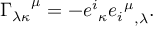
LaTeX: { \Gamma _ { \lambda \kappa } } ^ { \mu } = - { e ^ { i } } _ { \kappa } { { { e _ { i } } ^ { \mu } } } _ { , \lambda } .